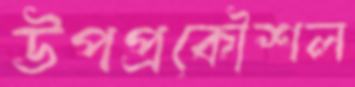
উপপ্রকৌশল